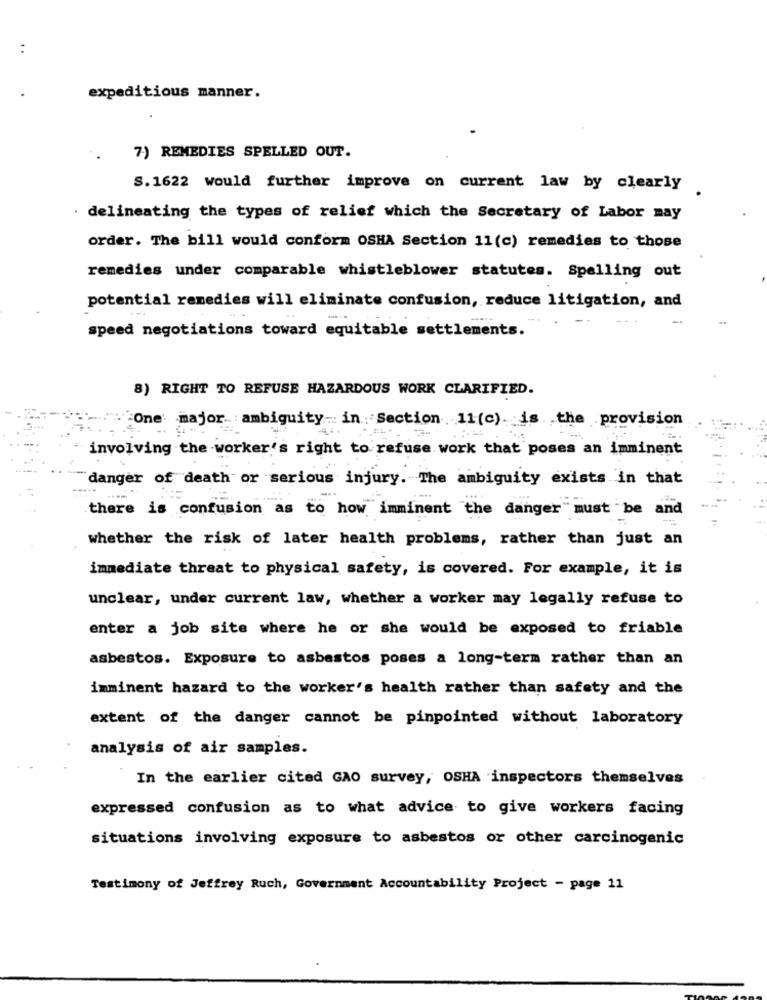
:
expeditious manner.
7) REMEDIES SPELLED OUT.
S. 1622 would further improve on current law by clearly
· delineating the types of relief which the Secretary of Labor may
order. The bill would conform OSHA Section 11(c) remedies to those
remedies under comparable whistleblower statutes. Spelling out
potential remedies will eliminate confusion, reduce litigation, and
speed negotiations toward equitable settlements.
8) RIGHT TO REFUSE HAZARDOUS WORK CLARIFIED.
One: major :ambiguity- in Section 11 (c). is the provision
-
involving the worker's right to refuse work that poses an imminent
danger of death or serious injury. The ambiguity exists in that
there is confusion as to how imminent the danger"must be and
whether the risk of later health problems, rather than just an
immediate threat to physical safety, is covered. For example, it is
unclear, under current law, whether a worker may legally refuse to
enter a job site where he or she would be exposed to friable
asbestos. Exposure to asbestos poses a long-term rather than an
imminent hazard to the worker's health rather than safety and the
extent of the danger cannot be pinpointed without laboratory
analysis of air samples.
In the earlier cited GAO survey, OSHA inspectors themselves
expressed confusion as to what advice to give workers facing
situations involving exposure to asbestos or other carcinogenic
Testimony of Jeffrey Ruch, Government Accountability Project - page 11